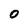
Character: 0